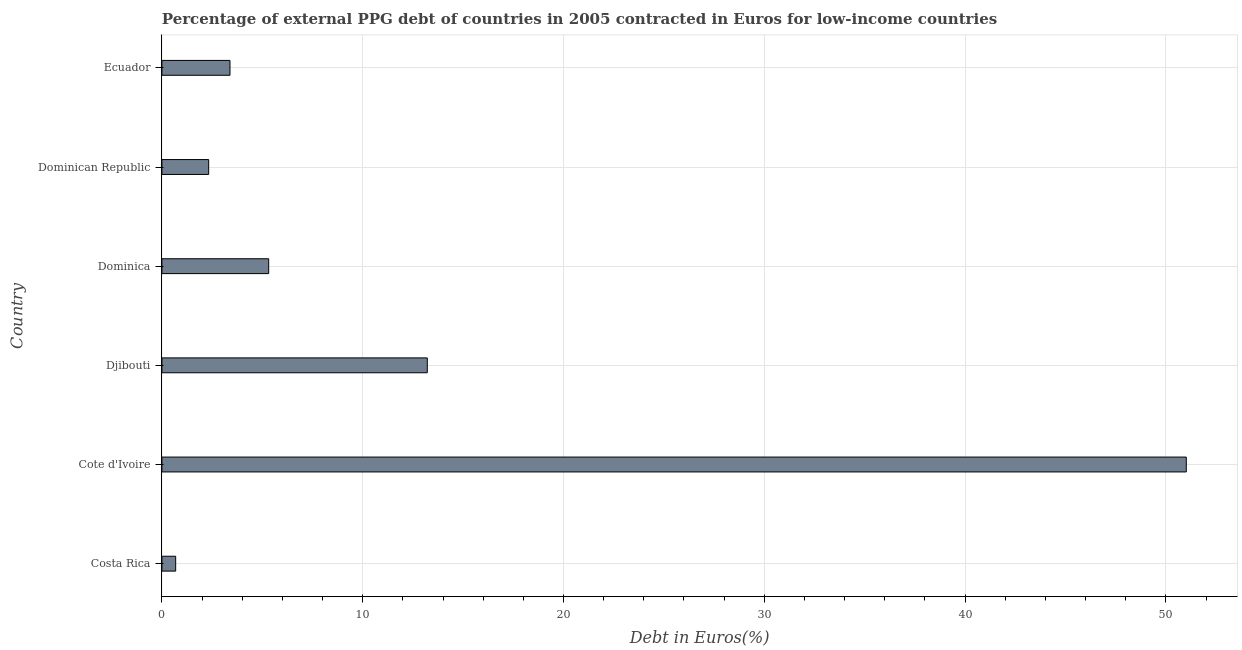
| Country | Currency composition of PPG debt |
 | --- | --- |
 | Costa Rica | 0.686 |
 | Cote d'Ivoire | 51 |
 | Djibouti | 13.2 |
 | Dominica | 5.32 |
 | Dominican Republic | 2.33 |
 | Ecuador | 3.39 |